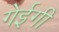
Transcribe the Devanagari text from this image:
गेईगी